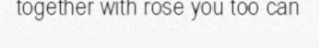
together with rose you too can